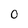
Character: 0